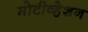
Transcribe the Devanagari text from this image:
मोटीव्हेशन